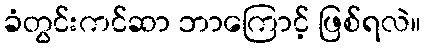
ခံတွင်းကင်ဆာ ဘာကြောင့် ဖြစ်ရလဲ။